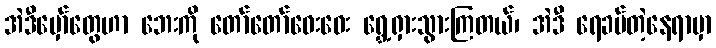
အဲဒီမှော်တွေဟာ ဘေးကို တော်တော်ဝေးဝေး ရွှေ့ရှားသွားကြတယ်၊ အဲဒီ ရေခပ်တဲ့နေရာမှာ